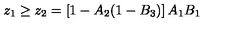
z _ { 1 } \geq z _ { 2 } = \left[ 1 - A _ { 2 } ( 1 - B _ { 3 } ) \right] A _ { 1 } B _ { 1 }